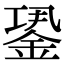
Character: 𨧎